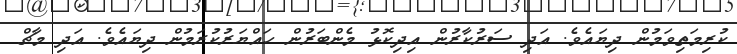
ކުރިމަތިވަމުން ދިޔައެވެ. އަދި ސަރުކާރުން އިދިކޮޅު މެންބަރުން ހައްޔަރުކުރަމުން ދިޔައެވެ. އަދި މާޗް